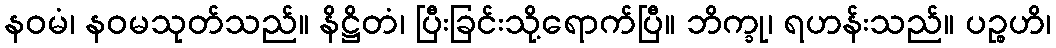
နဝမံ၊ နဝမသုတ်သည်။ နိဋ္ဌိတံ၊ ပြီးခြင်းသို့ရောက်ပြီ။ ဘိက္ခု၊ ရဟန်းသည်။ ပဉ္စဟိ၊